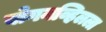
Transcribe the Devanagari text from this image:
बोगनव्हिलला